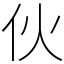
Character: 伙